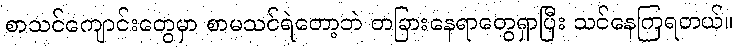
စာသင်ကျောင်းတွေမှာ စာမသင်ရဲတော့ဘဲ တခြားနေရာတွေရှာပြီး သင်နေကြရတယ်။